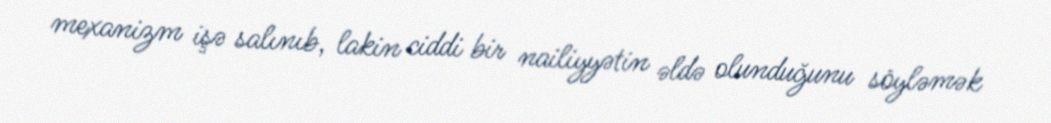
mexanizm işə salınıb, lakin ciddi bir nailiyyətin əldə olunduğunu söyləmək